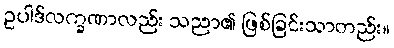
ဥပါဒ်လက္ခဏာလည်း သညာ၏ ဖြစ်ခြင်းသာတည်း။